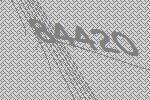
84420